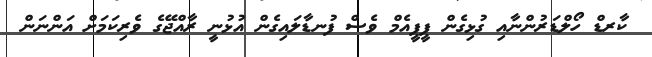
ކާރޑް ހޯލްޑަރުންނާއި ގުޅިގެން ޕީޕީއެމް ވެސް ފުނޑާލައިގެން އުޅުނީ ރާއްޖޭގެ ވެރިކަމަށް އަންނަން